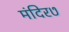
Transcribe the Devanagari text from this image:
मंदिर७